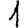
Digit: 1